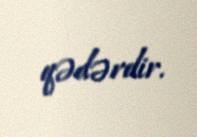
qədərdir.